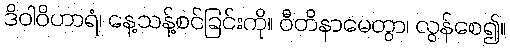
ဒိဝါဝိဟာရံ၊ နေ့သန့်စင်ခြင်းကို။ ဝီတိနာမေတွာ၊ လွန်စေ၍။